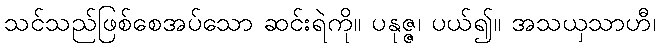
သင်သည်ဖြစ်စေအပ်သော ဆင်းရဲကို။ ပနုဇ္ဇ၊ ပယ်၍။ အသယှသာဟီ၊